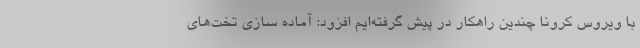
با ویروس کرونا چندین راهکار در پیش گرفته‌ایم افزود: آماده سازی تخت‌های